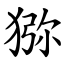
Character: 猕